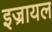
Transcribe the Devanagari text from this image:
इज्रायल